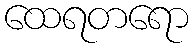
ထေရတရော